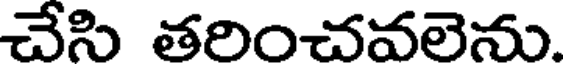
చేసి తరించవలెను.